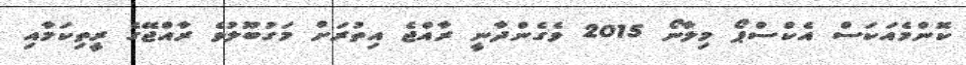
ކޮންމެއަކަސް އެކްސްޕޯ މިލާނޯ 2015 ވެގެންދާނީ ރާއްޖެ އިތުރަށް މަގުބޫލުވެ ރާއްޖޭގެ ރީތިކަމާއި